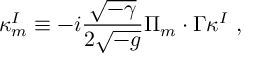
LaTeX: \kappa _ { m } ^ { I } \equiv - i \frac { \sqrt { - \gamma } } { 2 \sqrt { - g } } \Pi _ { m } \cdot \Gamma \kappa ^ { I } ~ ,